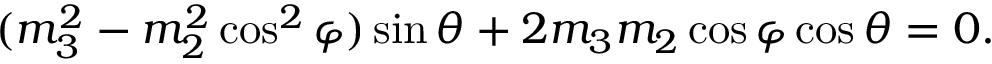
\begin{array} { r } { ( m _ { 3 } ^ { 2 } - m _ { 2 } ^ { 2 } \cos ^ { 2 } \varphi ) \sin \theta + 2 m _ { 3 } m _ { 2 } \cos \varphi \cos \theta = 0 . } \end{array}